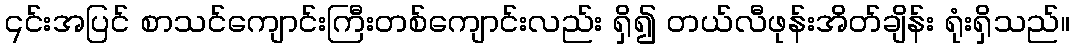
၎င်းအပြင် စာသင်ကျောင်းကြီးတစ်ကျောင်းလည်း ရှိ၍ တယ်လီဖုန်းအိတ်ချိန်း ရုံးရှိသည်။